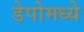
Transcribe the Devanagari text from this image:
डेपोमध्ये